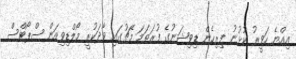
އިއްޔެ ހަވީރު ކުޅުނު ފިރިހެން ޑިވިޝަނުގެ ފުރަތަމަ މެޗުގައި ވާދަކުރީ މޯލްޑިވިއަން ސްޕޯޓްސް